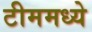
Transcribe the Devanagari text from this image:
टीममध्ये